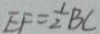
E F = \frac { 1 } { 2 } B C